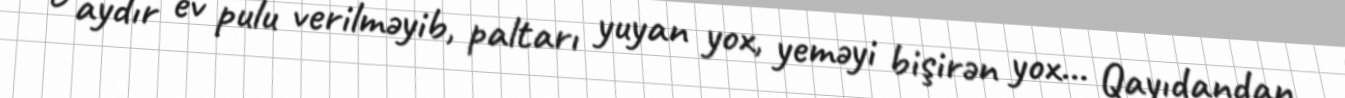
6 aydır ev pulu verilməyib, paltarı yuyan yox, yeməyi bişirən yox... Qayıdandan